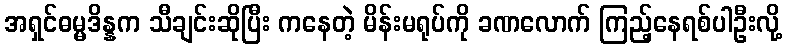
အရှင်ဓမ္မဒိန္နက သီချင်းဆိုပြီး ကနေတဲ့ မိန်းမရုပ်ကို ခဏလောက် ကြည့်နေရစ်ပါဦးလို့